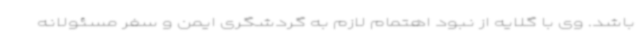
باشد. وی با گلایه از نبود اهتمام لازم به گردشگری ایمن و سفر مسئولانه